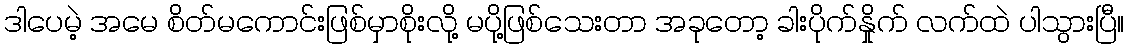
ဒါပေမဲ့ အမေ စိတ်မကောင်းဖြစ်မှာစိုးလို့ မပို့ဖြစ်သေးတာ အခုတော့ ခါးပိုက်နှိုက် လက်ထဲ ပါသွားပြီ။